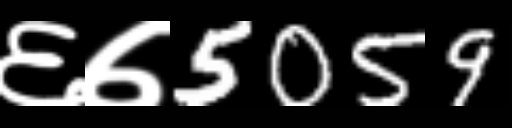
Text: ६७5059